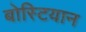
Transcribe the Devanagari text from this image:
बोस्टियान